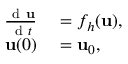
\begin{array} { r l } { \frac { \mathrm { ~ d ~ } \mathbf { u } } { \mathrm { ~ d ~ } t } } & { { } = f _ { h } ( \mathbf { u } ) , } \\ { \mathbf { u } ( 0 ) } & { { } = \mathbf { u } _ { 0 } , } \end{array}